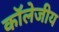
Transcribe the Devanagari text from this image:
कॉलेजीय